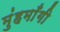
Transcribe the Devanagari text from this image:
मुंहमाँगी